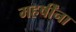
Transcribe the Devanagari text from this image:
महर्षींना